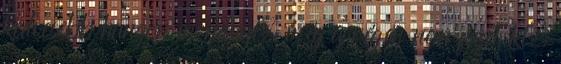
kedvesebb hangon mondani. még a végén nem fizet ki.